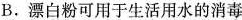
B.漂白粉可用于生活用水的消毒